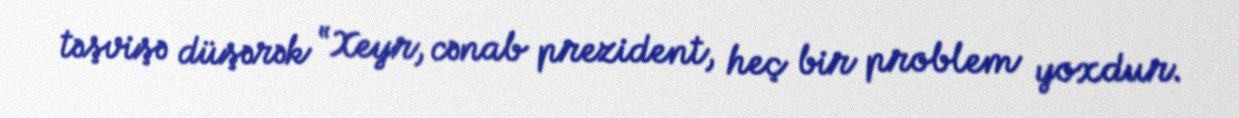
təşvişə düşərək “Xeyr, cənab prezident, heç bir problem yoxdur.